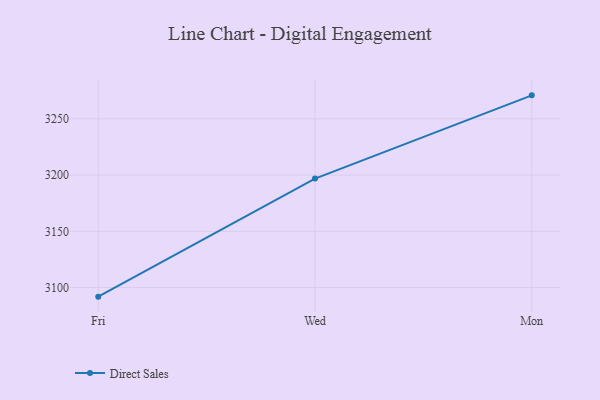
{"axis": {"x": "Day", "y": "Backlog"}, "legend": ["Direct Sales"], "data": [{"x": "Fri", "y": 3091.9, "type": "Direct Sales"}, {"x": "Wed", "y": 3196.9, "type": "Direct Sales"}, {"x": "Mon", "y": 3270.9, "type": "Direct Sales"}]}